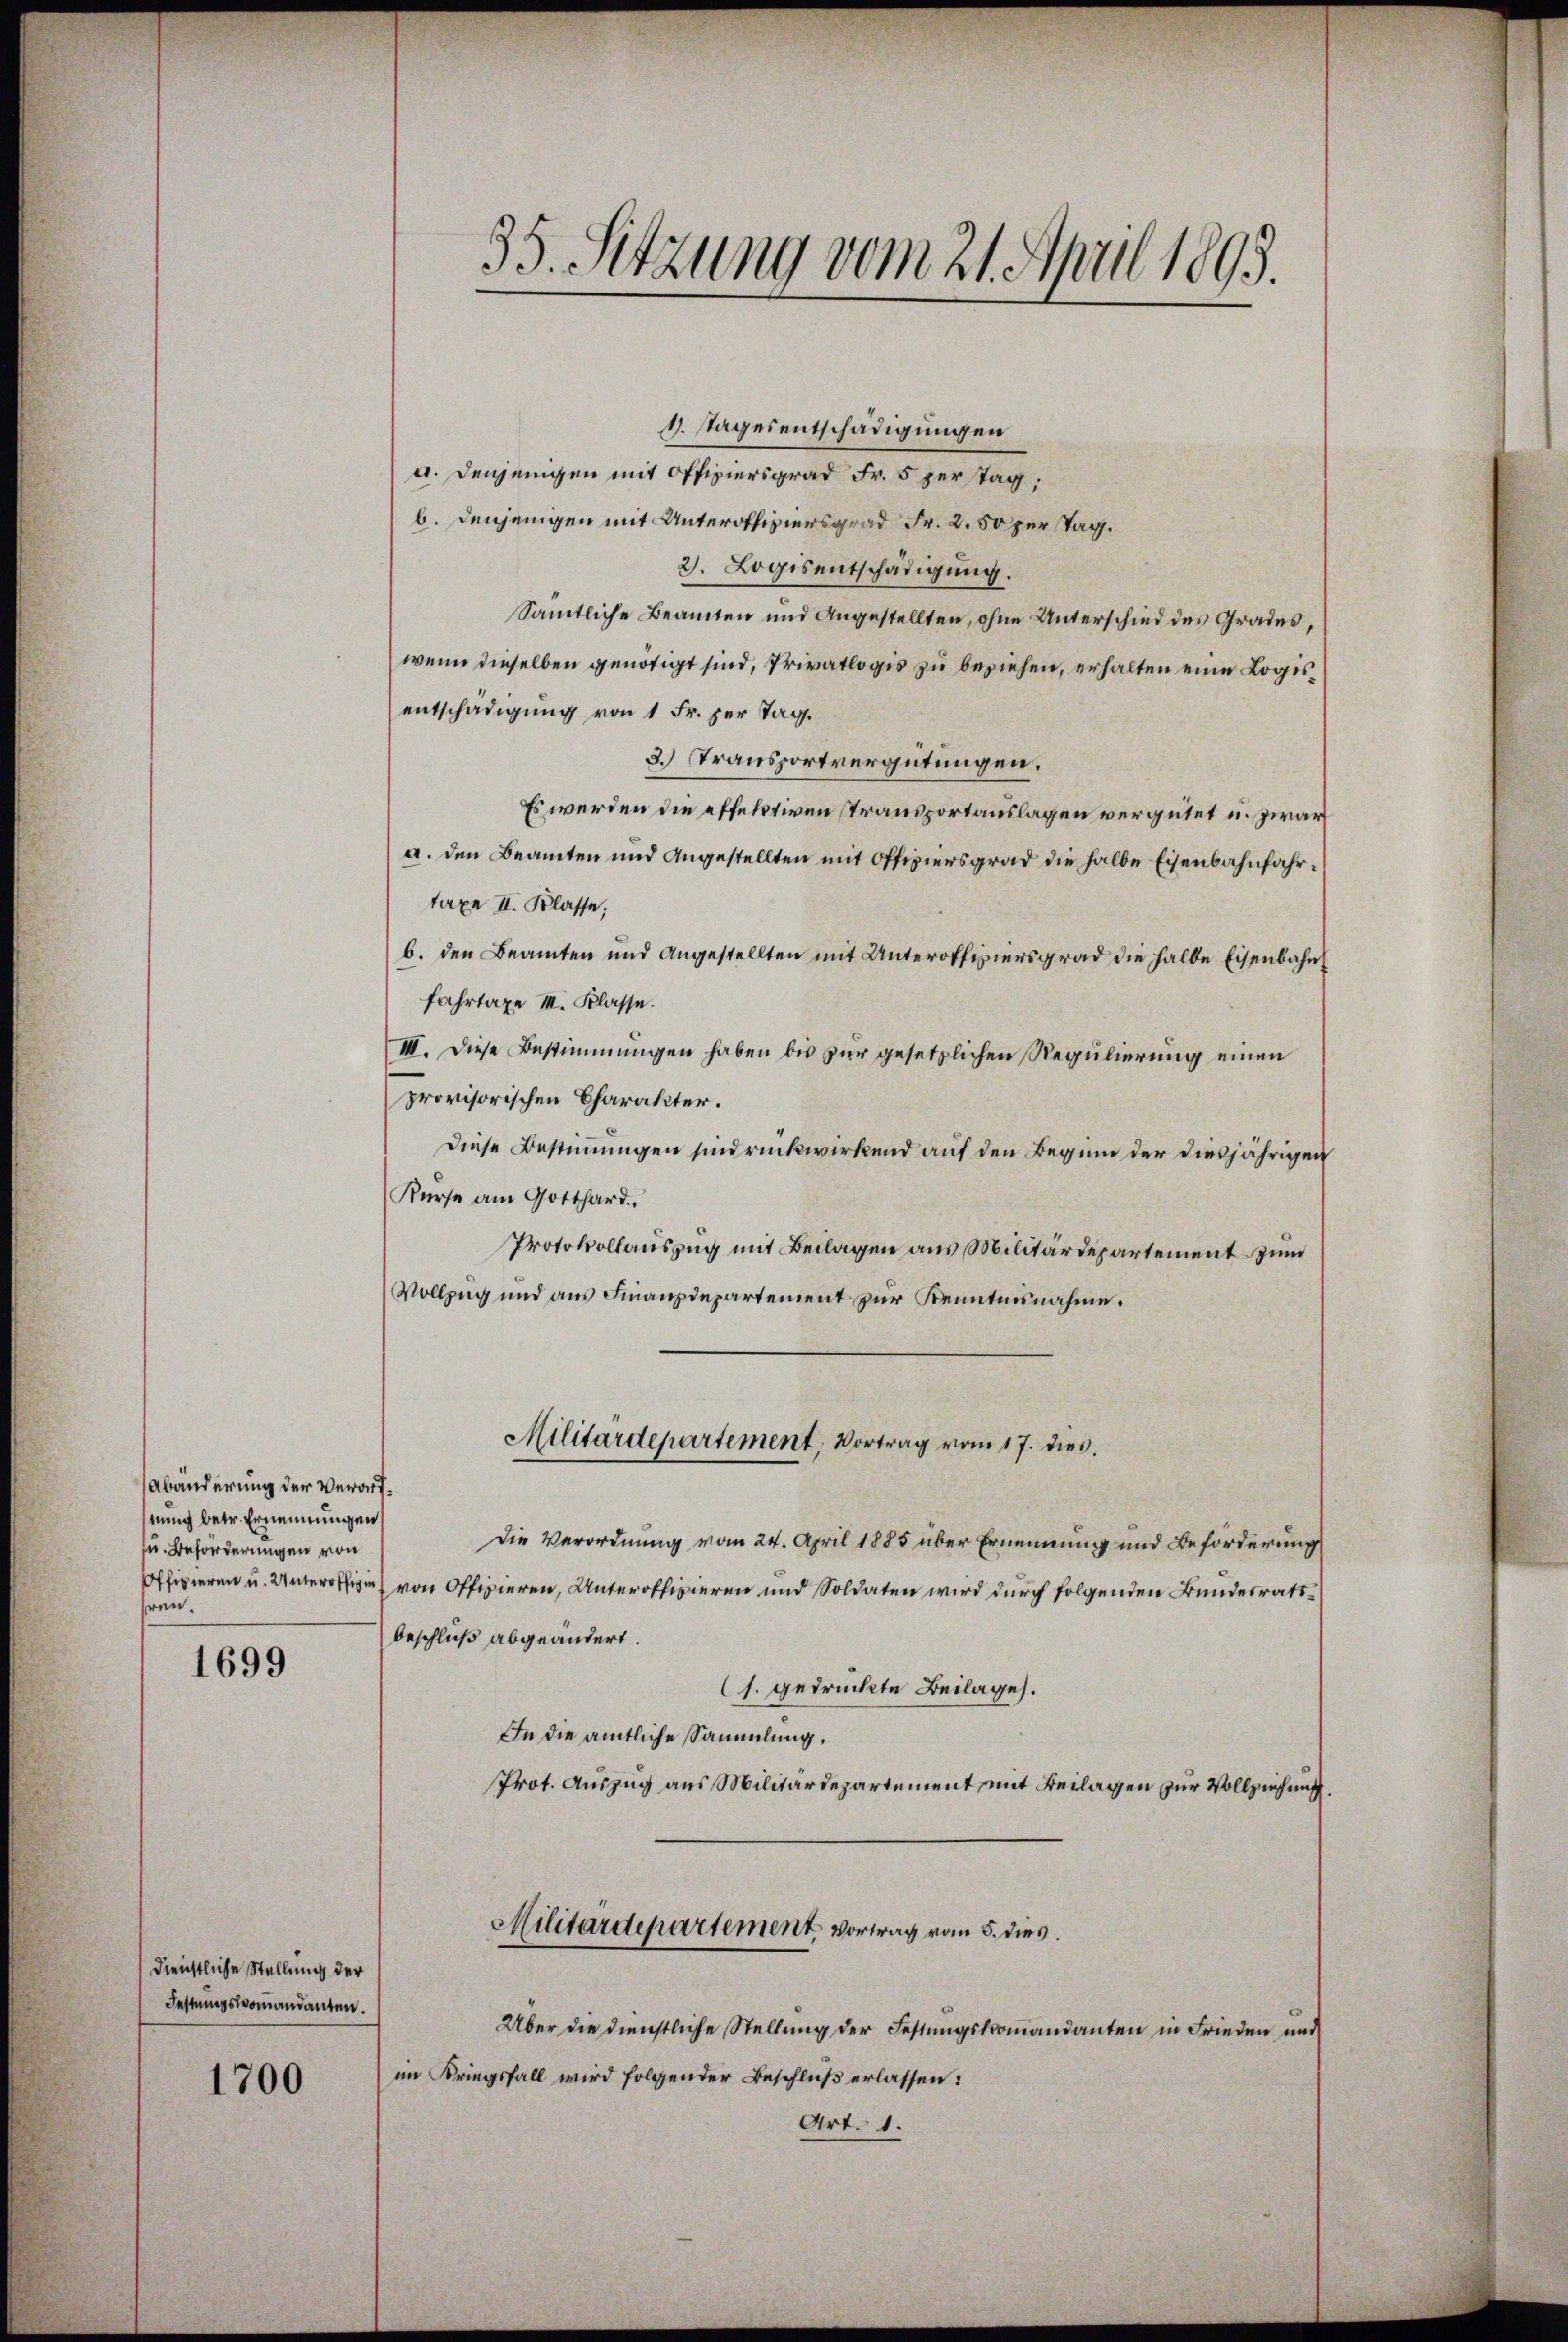
Abänderung der Verartnung betr. Ernennungen
u. Beförderungen von
frei.

1699

dienstliche Stellung der
Festungskommandanten.
1700

35. Setzung vom 21. April 1895.

a. Denjenigen mit Offiziersgrad Fr. 5 perstag,
b. denjenigen mit Unteroffiziersgrad Fr. 2. 50 per Tag.
2. Logis entschädigung.
Sämmtliche Beamten und Angestellten, ohne Unterschied des Grades,
wenn dieselben genötigt sind, Privatlogis zu beziehen, erhalten eine Logisentschädigung von 1 Fr. per Tag.
3. Transportvergütungen.
Es werden die effektiven Transportauslagen vergütet u. zwar
a. den Beamten und Angestellten mit Offiziersgrad die halbe Eisenbahnfahrtaxe II. Klasse,
b. den Beamten und Angestellten mit Unteroffiziersgrad die halbe Eisenbahn
fahrtaxe III. Klasse.
III. Diese Bestimmungen haben bis zur gesetzlichen Regulierung einen
provisorischen Charakter.
Diese Bestimmungen sindrückwirkend auf den Beginn der diesjährigen
Kurse am Gotthard.
Protokollauszug mit Beilagen aus Militärdepartement zum
Vollzug und aus Finanzdepartement zur Kenntnisnahme.
Militärdepartement, Vortrag vom 17. dies
Die Verordnung vom 24. April 1885 über Ernennung und Beförderung
Offizieren u. Unteroffe von Offizieren, Unteroffizieren und Soldaten wird durch folgenden Bundesratsbeschluß abgeändert.
s. gedrückte Beilage.
In die amtliche Sammlung.
Prot. Auszug aus Militärdepartement, mit Beilagen zur Vollziehung

1. sagesentschädigungen

Militärdepartement vortrag vom 5. dies

Über die dienstliche Stellung der Festungskommandanten in Frieden und
im Kriegsfall wird folgender Beschluß erlassen:
Art. 1.